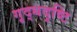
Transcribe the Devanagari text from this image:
गृद्धदृष्टि